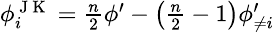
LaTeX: \begin{array}{r}{\small\phi_{i}^{\mathrm{~J~K~}}=\frac{n}{2}\phi^{\prime}-\left(\frac{n}{2}-1\right)\phi_{\neq i}^{\prime}\, }\end{array}